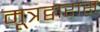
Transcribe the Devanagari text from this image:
मूत्रद्वारास